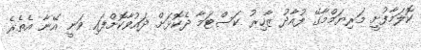
ކޮލަމާފުށީ މަރިޔަމްމާގޭ ފުއާދު ޒާހިރު ކަސްޓަމާ ދެކޮޅަށް ދައުވާކޮށްފައި ވަނީ އޭނާ އެތެރެ